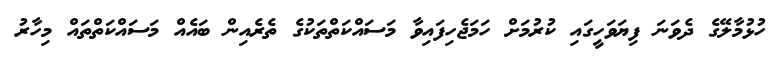
ހުޅުމާލޭގެ ދެވަަނަ ފިޔަވަހީގައި ކުރުމަށް ހަމަޖެހިފައިވާ މަސައްކަތްތަކުގެ ތެރެއިން ބައެއް މަސައްކަތްތައް މިހާރު